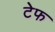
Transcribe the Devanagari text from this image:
टेफ